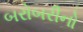
બરોબરીનો